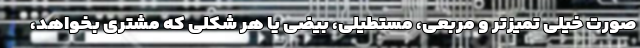
صورت خیلی تمیزتر و مربعی، مستطیلی، بیضی یا هر شکلی که مشتری بخواهد،